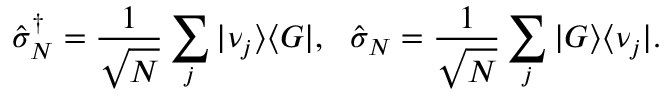
\hat { \sigma } _ { N } ^ { \dagger } = \frac { 1 } { \sqrt { N } } \sum _ { j } | \nu _ { j } \rangle \langle G | , ~ ~ \hat { \sigma } _ { N } = \frac { 1 } { \sqrt { N } } \sum _ { j } | G \rangle \langle \nu _ { j } | .